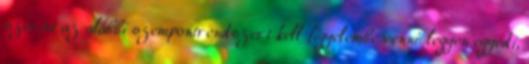
szerint az alábbi szempontrendszert kell figyelembe venni: legyen egyedi,